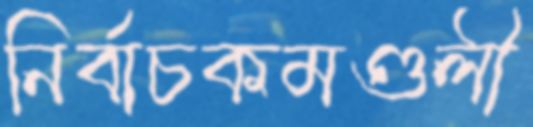
নির্বাচকমণ্ডলী